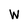
Character: W